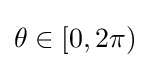
\theta \in [0,2\pi )